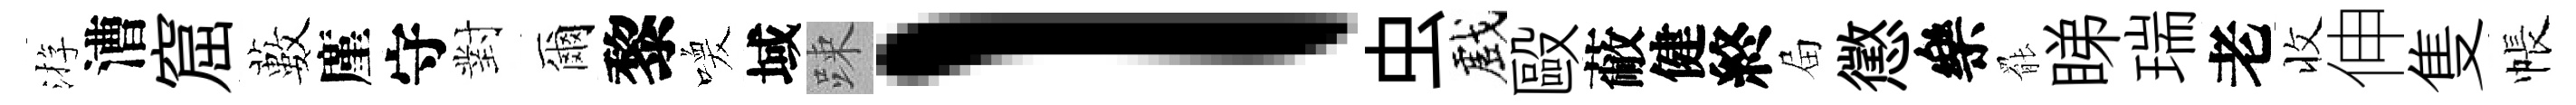
㳺漕窟藪廑守對爾黎喚域踈l虫戲毆蔽健終屇懲樂罷睇瑞老收伸隻帳